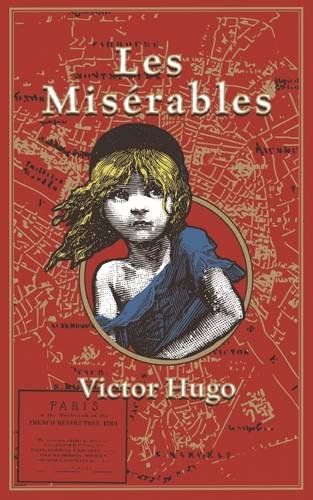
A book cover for Les Miserables (Leather-Bound Classics); Victor Hugo; Literature & Fiction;